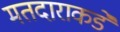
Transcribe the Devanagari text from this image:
मतदाराकडे